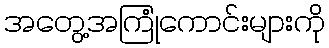
အတွေ့အကြုံကောင်းများကို